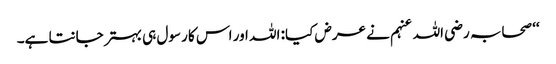
‘‘ صحابہ رضی اللہ عنہم نے عرض کیا: اللہ اور اس کا رسول ہی بہتر جانتا ہے۔